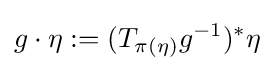
g\cdot \eta :=(T_{\pi (\eta )}g^{-1})^{*}\eta